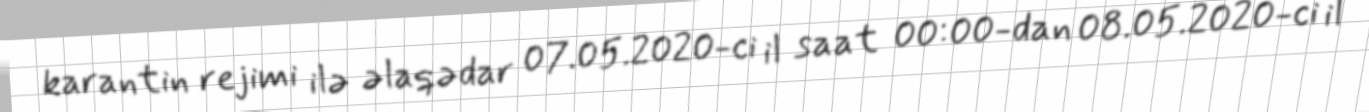
karantin rejimi ilə əlaqədar 07.05.2020-ci il saat 00:00-dan 08.05.2020-ci il